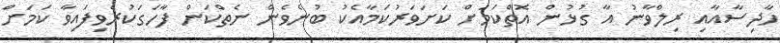
ހާދިސާއާއި ރިލްވާނު އާ ގުޅުން އޮތްކަމަށް ކަށަވަރުކަމާއެކު ބުނެވެން ނެތްކަން ފާހަގަކުރެވިފައިވާ ކަމަށް